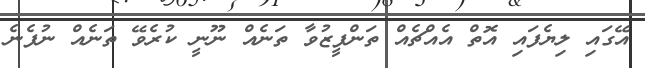
އޭގައި ލިޔެފައި އޮތް އެއްޗެއް ތަންފީޒުވާ ތަނެއް ނޫނީ ކުރެވޭ ތަނެއް ނުފެނެ